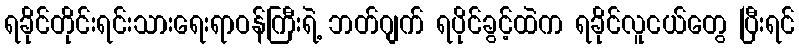
ရခိုင်တိုင်းရင်းသားရေးရာဝန်ကြီးရဲ့ ဘတ်ဂျက် ရပိုင်ခွင့်ထဲက ရခိုင်လူငယ်တွေ ပြီးရင်